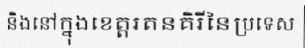
និងនៅក្នុងខេត្តរតនគិរីនៃប្រទេស